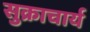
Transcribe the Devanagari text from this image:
सुक्राचार्य